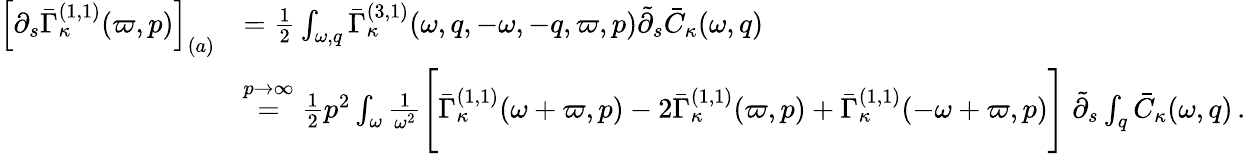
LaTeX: \begin{array}{rl}{\left[\partial_{s}\bar{\Gamma}_{\kappa}^{(1,1)}(\varpi,p)\right]_{(a)}}&{=\frac 12\int_{\omega,q}\bar{\Gamma}_{\kappa}^{(3,1)}(\omega,q,-\omega,-q,\varpi,p)\tilde{\partial}_{s}\bar{C}_{\kappa}(\omega,q)}\\ &{\stackrel{p\to\infty}{=}\frac 12p^{2}\int_{\omega}\frac 1{\omega^{2}}\Bigg[\bar{\Gamma}_{\kappa}^{(1,1)}(\omega+\varpi,p)-2\bar{\Gamma}_{\kappa}^{(1,1)}(\varpi,p)+\bar{\Gamma}_{\kappa}^{(1,1)}(-\omega+\varpi,p)\Bigg]\; \tilde{\partial}_{s}\int_{q}\bar{C}_{\kappa}(\omega,q)\, .}\end{array}